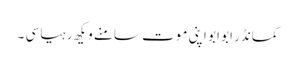
کمانڈر ابو ابو اپنی موت سامنے ویکھ رہیا سی ۔